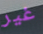
غير